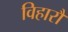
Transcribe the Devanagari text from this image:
विहारौं